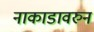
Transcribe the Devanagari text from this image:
नाकाडावरुन